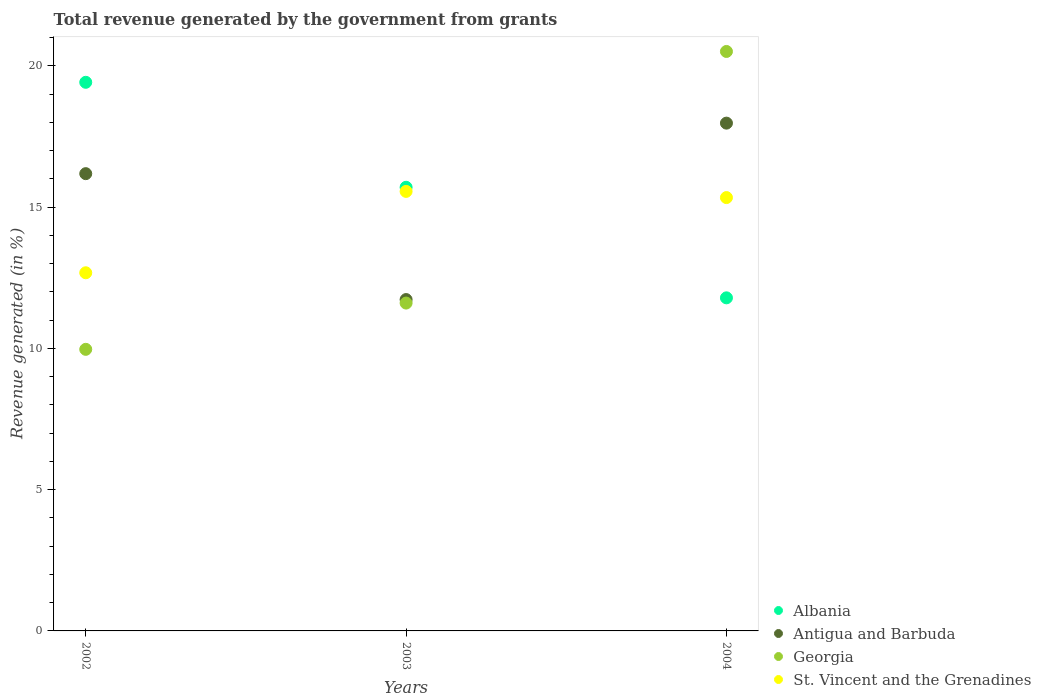
| Years | Albania | Antigua and Barbuda | Georgia | St. Vincent and the Grenadines |
 | --- | --- | --- | --- | --- |
 | 2002 | 19.4 | 16.2 | 9.97 | 12.7 |
 | 2003 | 15.7 | 11.7 | 11.6 | 15.6 |
 | 2004 | 11.8 | 18 | 20.5 | 15.3 |